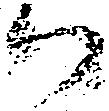
候